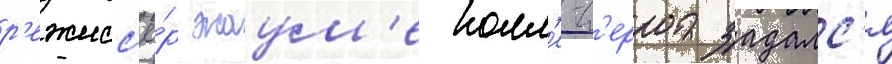
р'ежисс'ё́р жаум'е колл'е-с'ерра задалс'я